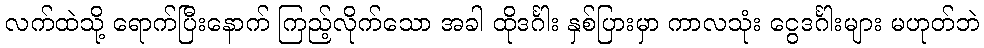
လက်ထဲသို့ ရောက်ပြီးနောက် ကြည့်လိုက်သော အခါ ထိုဒင်္ဂါး နှစ်ပြားမှာ ကာလသုံး ငွေဒင်္ဂါးများ မဟုတ်ဘဲ